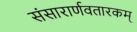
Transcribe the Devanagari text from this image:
संसारार्णवतारकम्